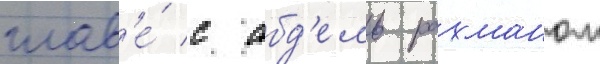
глав'е́ с абд'ель рахманом